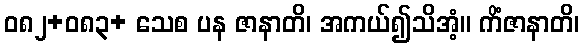
ဝ၈၂+၀၈၃+ သေစ ပန ဇာနာတိ၊ အကယ်၍သိအံ့။ ကိံဇာနာတိ၊